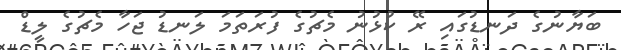
ބަޔާނުގެ ދަނޑުގައި ރޭ ކުޅުނު މެޗުގެ ފުރަތަމަ ލަނޑު ޖަހާ މެޗުގެ ލީޑް